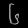
Digit: ၆